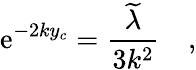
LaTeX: \mathrm{e}^{-2ky_{c}}=\frac{{\widetilde{{\lambda}}}}{{3k^{2}}}\quad,